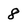
Character: 8